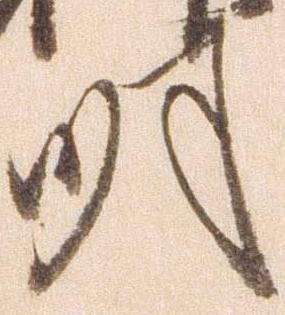
明